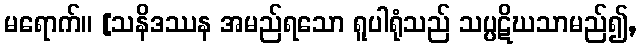
မရောက်။ [သနိဒဿန အမည်ရသော ရူပါရုံသည် သပ္ပဋိဃသာမည်၍,